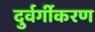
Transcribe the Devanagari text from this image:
दुर्वर्गीकरण